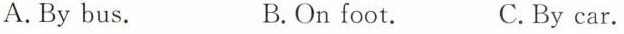
A.By bus. B.On foot. C.By car.